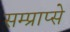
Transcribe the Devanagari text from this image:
सम्प्राप्से